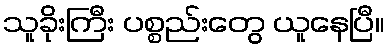
သူခိုးကြီး ပစ္စည်းတွေ ယူနေပြီ။